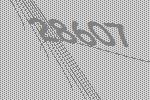
28607